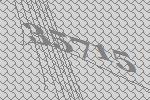
35715